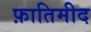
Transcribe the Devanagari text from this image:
फ़ातिमीद